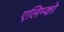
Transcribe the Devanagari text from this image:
एलिम्को